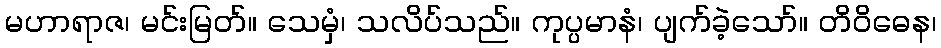
မဟာရာဇ၊ မင်းမြတ်။ သေမှံ၊ သလိပ်သည်။ ကုပ္ပမာနံ၊ ပျက်ခဲ့သော်။ တိဝိဓေန၊